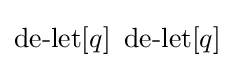
\operatorname {de-let} [q]\ \operatorname {de-let} [q]